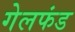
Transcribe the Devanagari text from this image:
गेलफंड